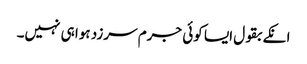
انکے بقول ایسا کوئی جرم سرزد ہوا ہی نہیں۔